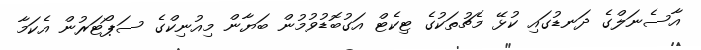
އާސެނަލްގެ ދަނޑުގައި ކުޅޭ މެޗުތަކުގެ ޓިކެޓް އަގުބޮޑުވުމުން ބަޔާން މިއުނިކްގެ ސަޕޯޓަރުން އެކަމާ